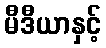
မီဒီယာနှင့်